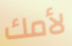
لأمك